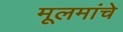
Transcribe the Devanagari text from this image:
मूलमांचे